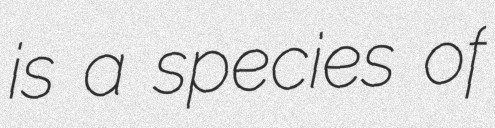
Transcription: is a species of